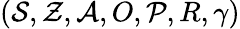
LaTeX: (\mathcal{S},\mathcal{Z},\mathcal{A},O,\mathcal{P},R,\gamma)